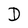
Character: D